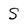
Character: S